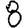
Digit: 8